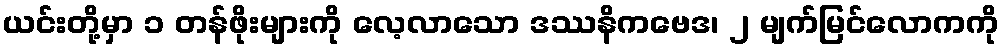
ယင်းတို့မှာ ၁ တန်ဖိုးများကို လေ့လာသော ဒဿနိကဗေဒ၊ ၂ မျက်မြင်လောကကို